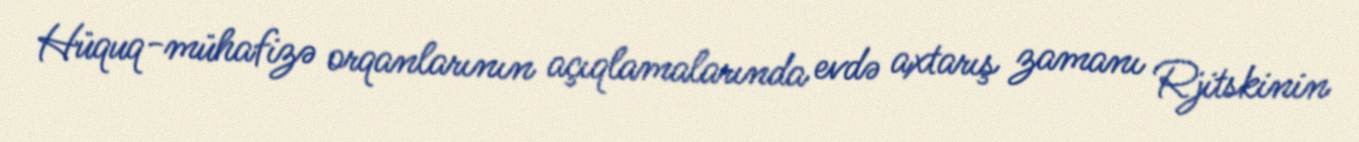
Hüquq-mühafizə orqanlarının açıqlamalarında evdə axtarış zamanı Rjitskinin